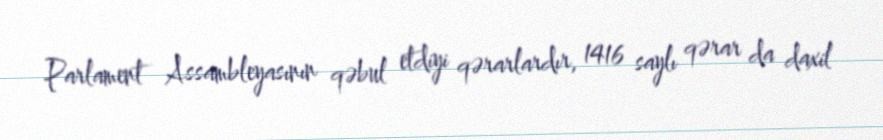
Parlament Assambleyasının qəbul etdiyi qərarlardır, 1416 saylı qərar da daxil